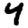
Digit: 4